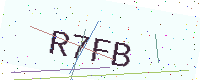
Text: R7FB